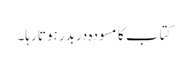
کتاب کا مسودہ دربدر ہوتا رہا۔